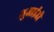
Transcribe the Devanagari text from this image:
यूआईडी